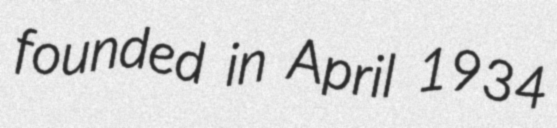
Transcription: founded in April 1934